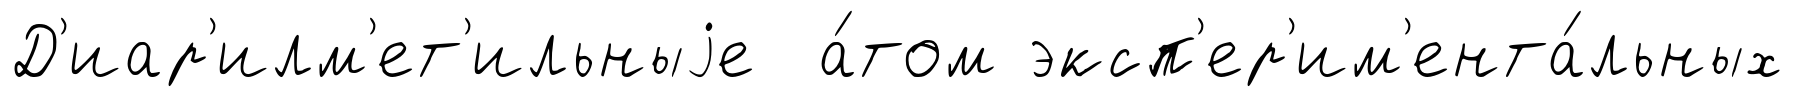
Д'иар'илм'ет'ильныjе а́том эксп'ер'им'ента́льных